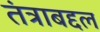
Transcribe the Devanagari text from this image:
तंत्राबद्दल